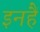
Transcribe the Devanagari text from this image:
इनहैं